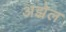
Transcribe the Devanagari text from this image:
अझ्रेल